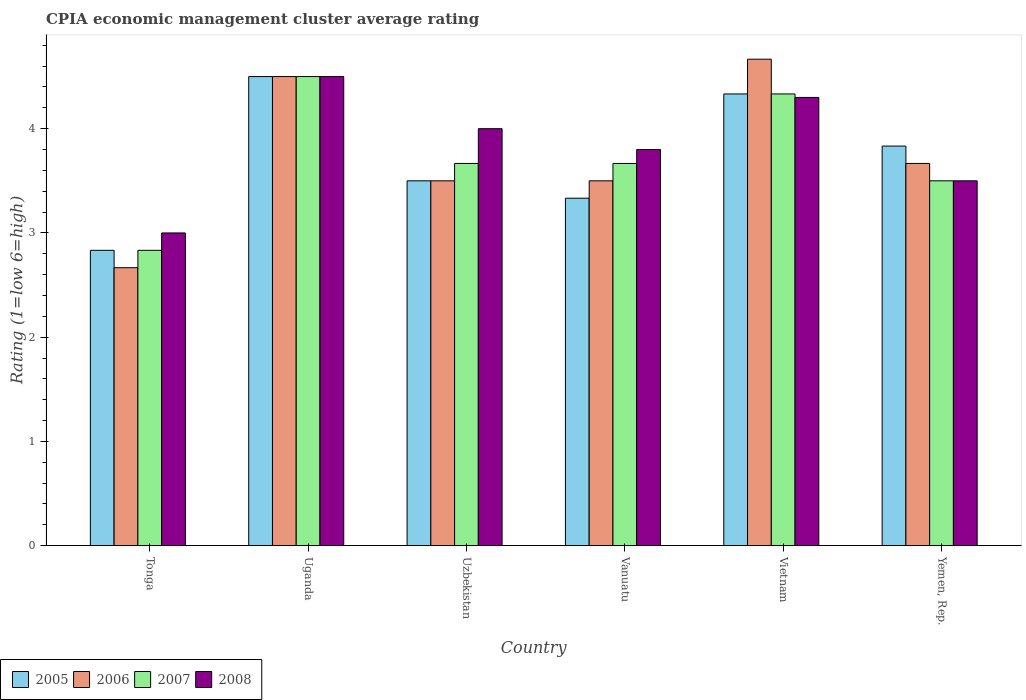
| Country | 2005 | 2006 | 2007 | 2008 |
 | --- | --- | --- | --- | --- |
 | Tonga | 2.83 | 2.67 | 2.83 | 3 |
 | Uganda | 4.5 | 4.5 | 4.5 | 4.5 |
 | Uzbekistan | 3.5 | 3.5 | 3.67 | 4 |
 | Vanuatu | 3.33 | 3.5 | 3.67 | 3.8 |
 | Vietnam | 4.33 | 4.67 | 4.33 | 4.3 |
 | Yemen, Rep. | 3.83 | 3.67 | 3.5 | 3.5 |